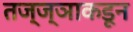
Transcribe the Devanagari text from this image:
तज्‍ज्ञाकडून